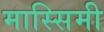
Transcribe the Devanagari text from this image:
मास्सिमी